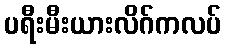
ပရီးမီးယားလိဂ်ကလပ်